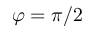
\varphi = \pi / 2